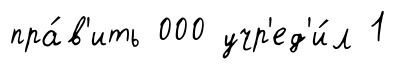
пра́в'ить 000 учр'ед'и́л 1